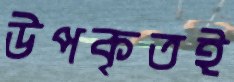
উপকৃতই